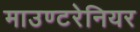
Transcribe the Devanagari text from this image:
माउण्टरेनियर